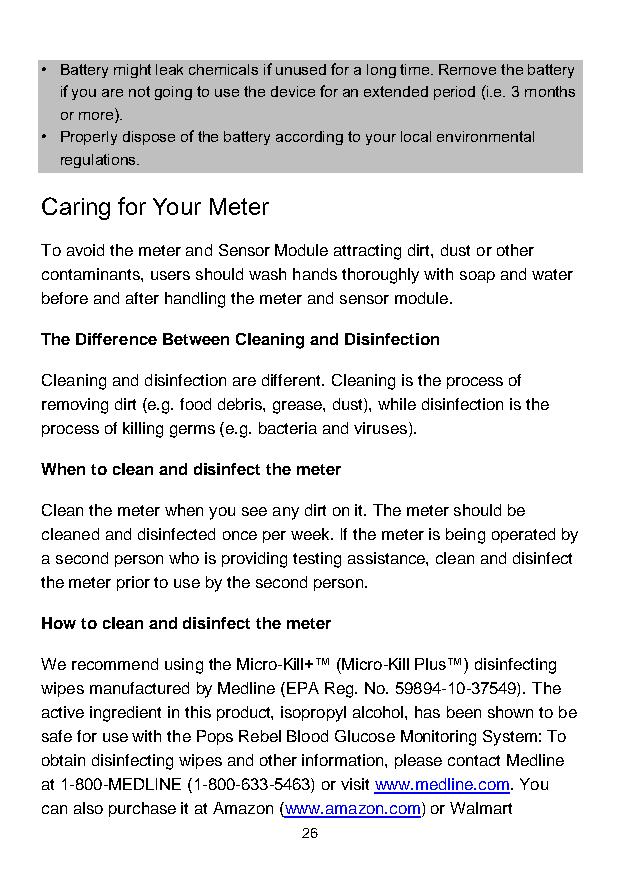
• Battery might leak chemicals if unused for a long time. Remove the battery
 if you are not going to use the device for an extended period (i.e. 3 months
 or more).
 • Properly dispose of the battery according to your local environmental
 regulations.
 Caring for Your Meter
 To avoid the meter and Sensor Module attracting dirt, dust or other
 contaminants, users should wash hands thoroughly with soap and water
 before and after handling the meter and sensor module.
 The Difference Between Cleaning and Disinfection
 Cleaning and disinfection are different. Cleaning is the process of
 removing dirt (e.g. food debris, grease, dust), while disinfection is the
 process of killing germs (e.g. bacteria and viruses).
 When to clean and disinfect the meter
 Clean the meter when you see any dirt on it. The meter should be
 cleaned and disinfected once per week. If the meter is being operated by
 a second person who is providing testing assistance, clean and disinfect
 the meter prior to use by the second person.
 How to clean and disinfect the meter
 We recommend using the Micro-Kill+™ (Micro-Kill Plus™) disinfecting
 wipes manufactured by Medline (EPA Reg. No. 59894-10-37549). The
 active ingredient in this product, isopropyl alcohol, has been shown to be
 safe for use with the Pops Rebel Blood Glucose Monitoring System: To
 obtain disinfecting wipes and other information, please contact Medline
 at 1-800-MEDLINE (1-800-633-5463) or visit www.medline.com. You
 can also purchase it at Amazon (www.amazon.com) or Walmart
 26